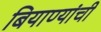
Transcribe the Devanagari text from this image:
बियाण्यांची